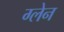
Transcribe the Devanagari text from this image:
ग्‍लेन